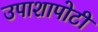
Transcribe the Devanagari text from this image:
उपाशापोटी